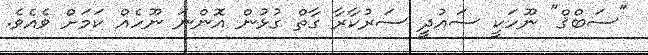
"ސަބްޤް" ނޫހަކީ ސައުދީ ސަރުކާރާ ގާތް ގުޅުން އޮންނަ ނޫހެއް ކަމަށް ވެއެވެ.